Annual statistical returns and brief notes on vaccination in Bengal - 1909-1929
Year: 1909
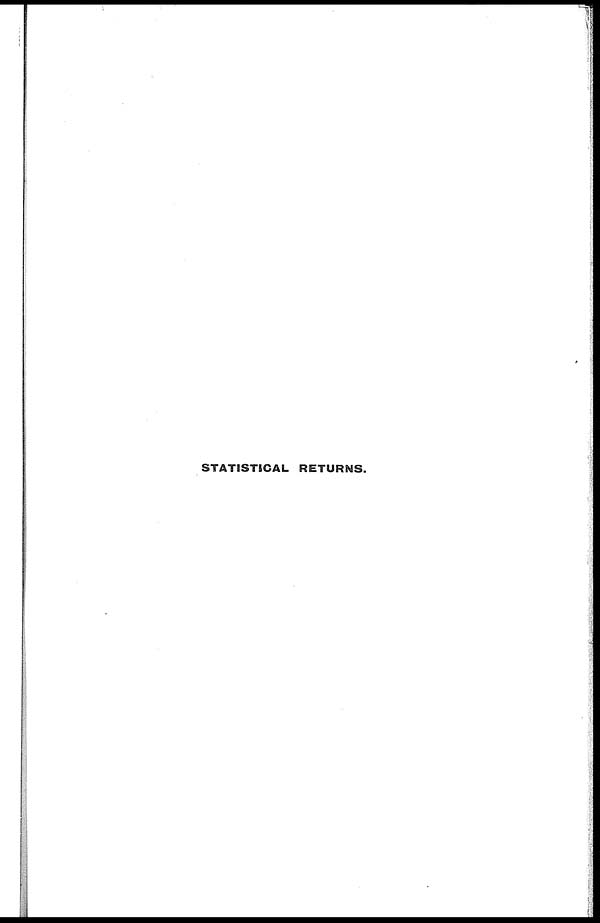
STATISTICAL RETURNS.